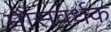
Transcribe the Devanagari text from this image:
मांसवर्धक